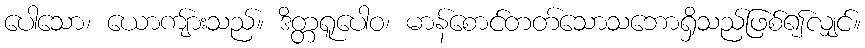
ပေါသော၊ ယောကျ်ားသည်။ ဒိတ္တရူပေါဝ၊ မာန်စောင်တတ်သောသဘောရှိသည်ဖြစ်၍လျှင်။